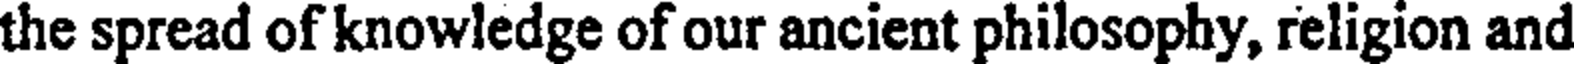
the spread of knowledge of our ancient philosophy, religion and